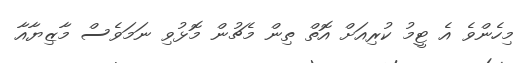
މިހެންވެ އެ ޓީމު ކުރިއަށް އޮތް ތިން މެޗުން މޮޅުވި ނަމަވެސް މާޒިޔާއާ